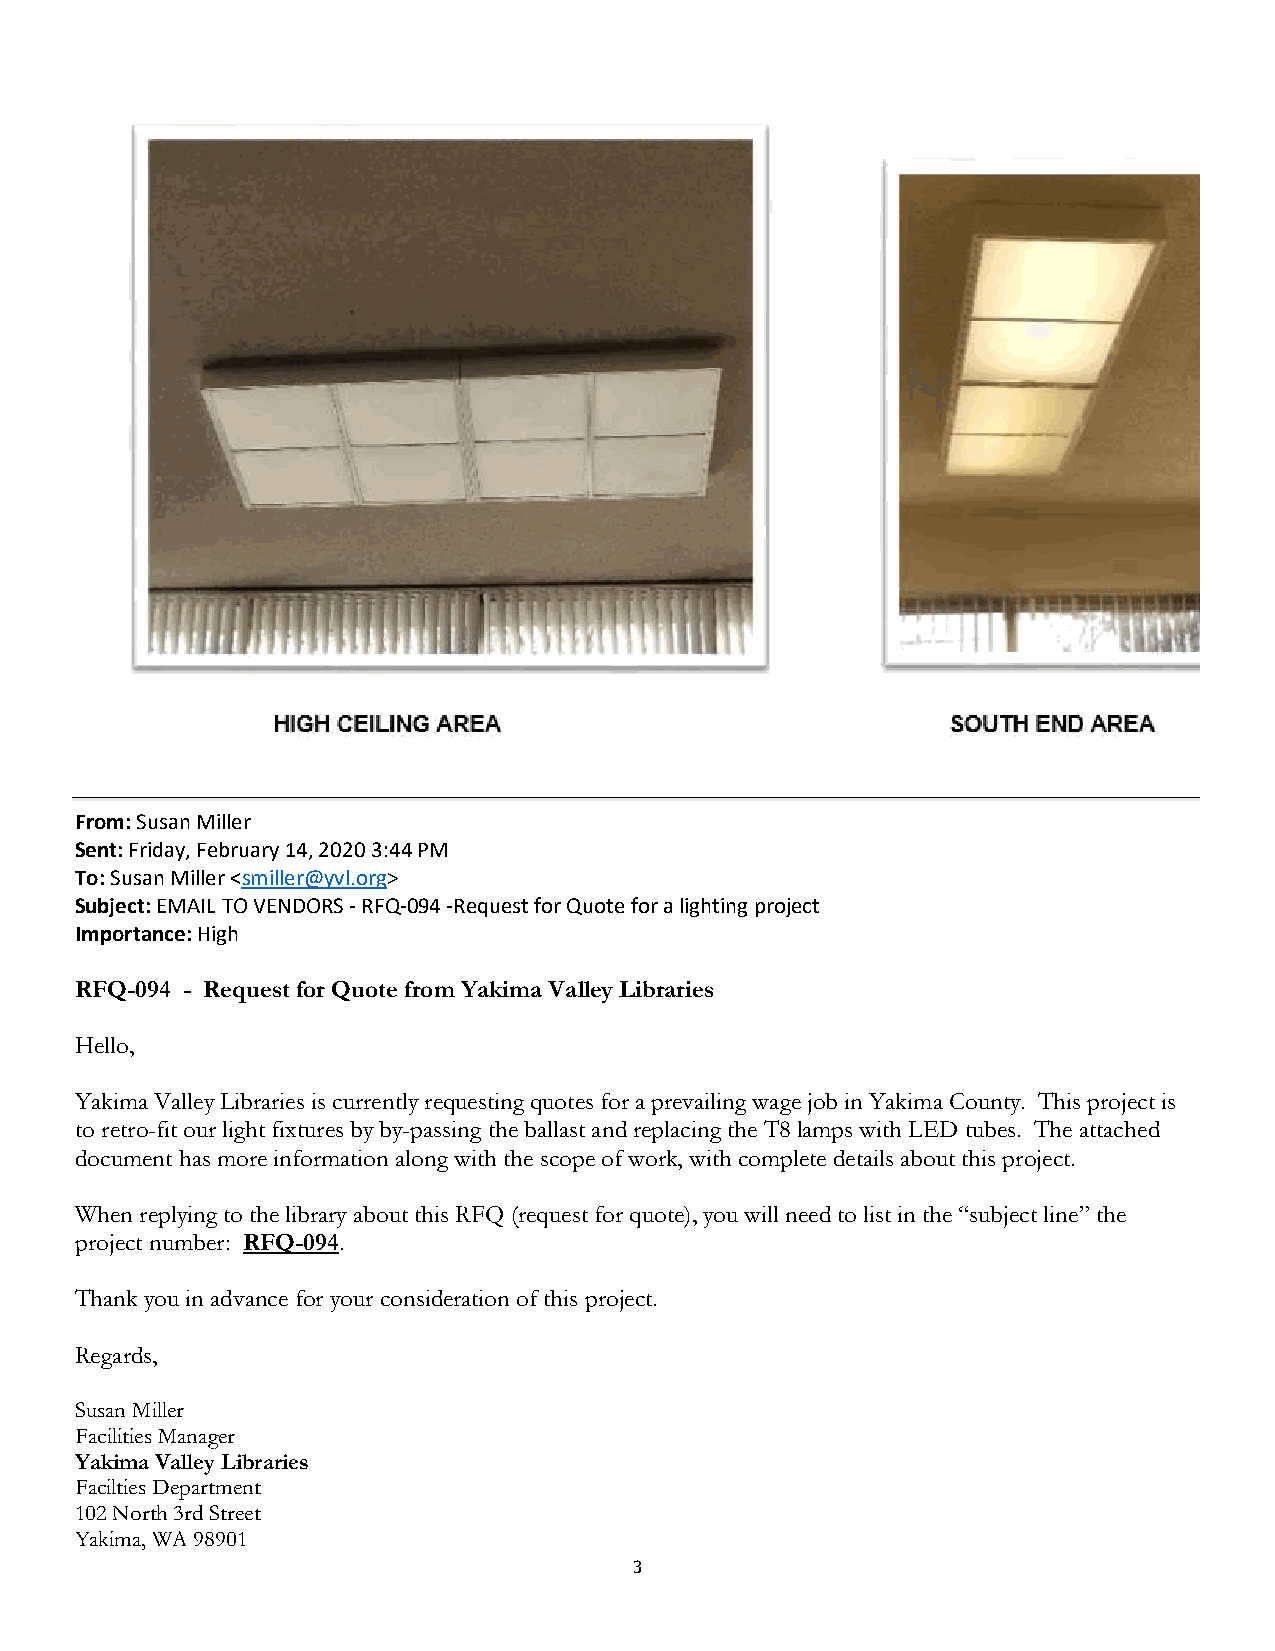
From: Susan Miller
 Sent: Friday, February 14, 2020 3:44 PM
 To: Susan Miller <smiller@yvl.org>
 Subject: EMAIL TO VENDORS - RFQ-094 -Request for Quote for a lighting project
 Importance: High
 RFQ-094 - Request for Quote from Yakima Valley Libraries
 Hello,
 Yakima Valley Libraries is currently requesting quotes for a prevailing wage job in Yakima County. This project is
 to retro-fit our light fixtures by by-passing the ballast and replacing the T8 lamps with LED tubes. The attached
 document has more information along with the scope of work, with complete details about this project.
 When replying to the library about this RFQ (request for quote), you will need to list in the “subject line” the
 project number: RFQ-094.
 Thank you in advance for your consideration of this project.
 Regards,
 Susan Miller
 Facilities Manager
 Yakima Valley Libraries
 Facilties Department
 102 North 3rd Street
 Yakima, WA 98901
 3